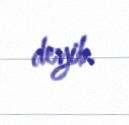
deyib.